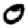
Digit: 0